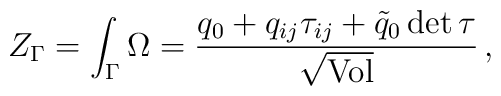
Z_{\Gamma} = \int_{\Gamma} \Omega = {q_0 + q_{ij} \tau_{ij} + \tilde{q}_0\,{\rm det}\,\tau \over\sqrt{\rm Vol}}\,,